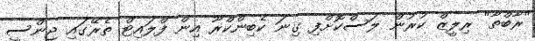
"ރާބްތާ" ރިލީޒް ކުރުން ލަސްކޮށްފި ގިނަ ކެބިންކްރޫ އިން ފްލައިޓް ތެރޭގައި ޖިންސީ